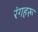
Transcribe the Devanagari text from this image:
रंगहरू